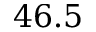
4 6 . 5